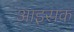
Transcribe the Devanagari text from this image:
आइसक